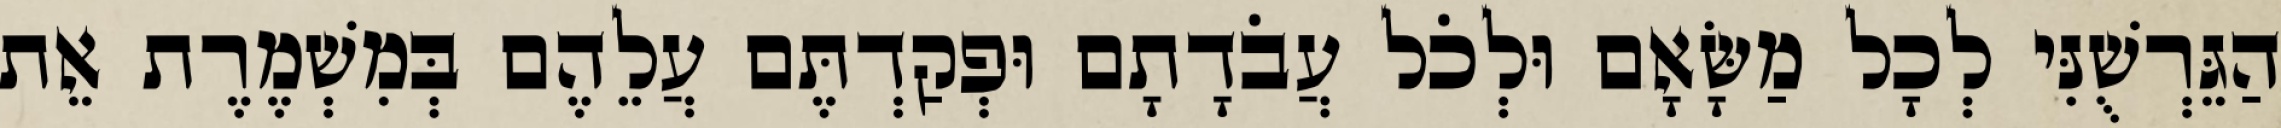
הַגֵּרְשֻׁנִּי לְכָל מַשָּׂאָם וּלְכֹל עֲבֹדָתָם וּפְקַדְתֶּם עֲלֵהֶם בְּמִשְׁמֶרֶת אֵת